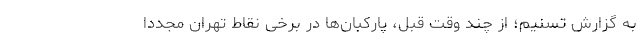
به گزارش تسنیم؛ از چند وقت قبل، پارکبان‌ها در برخی نقاط تهران مجدداً